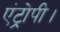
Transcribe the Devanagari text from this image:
एंट्रोपी।